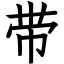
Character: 带